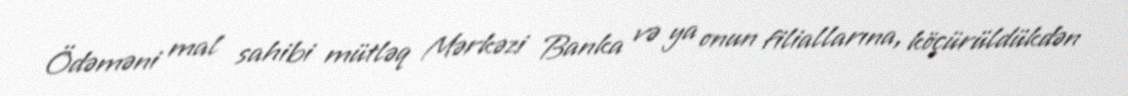
Ödəməni mal sahibi mütləq Mərkəzi Banka və ya onun filiallarına, köçürüldükdən